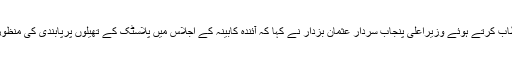
تقریب سے خطاب کرتے ہوئے وزیراعلی پنجاب سردار عثمان بزدار نے کہا کہ آئندہ کابینہ کے اجلاس میں پلاسٹک کے تھیلوں پرپابندی کی منظوری لی جائیگی۔